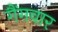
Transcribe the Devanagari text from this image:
गैंगवार